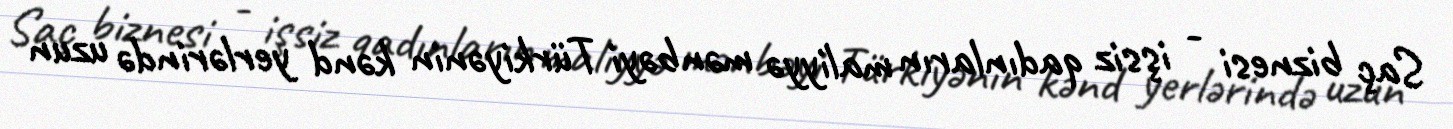
Saç biznesi - işsiz qadınların maliyyə mənbəyi Türkiyənin kənd yerlərində uzun